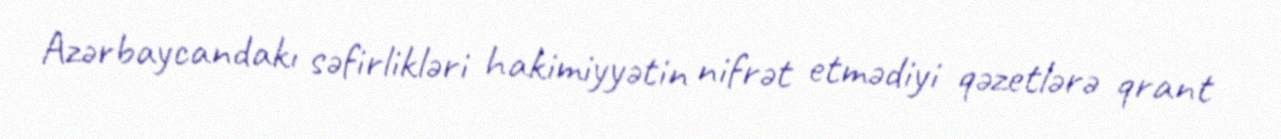
Azərbaycandakı səfirlikləri hakimiyyətin nifrət etmədiyi qəzetlərə qrant